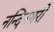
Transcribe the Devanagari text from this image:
नन्दिनगरी